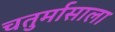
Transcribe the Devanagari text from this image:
चतुर्मासाला